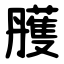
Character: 雘